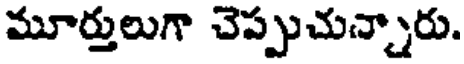
మూర్తులుగా చెప్పుచున్నారు.